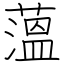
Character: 薀